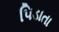
પિડાતા